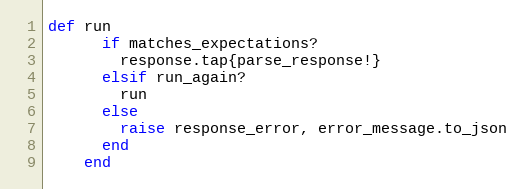
Language: Ruby
def run
      if matches_expectations?
        response.tap{parse_response!}
      elsif run_again?
        run
      else
        raise response_error, error_message.to_json
      end
    end